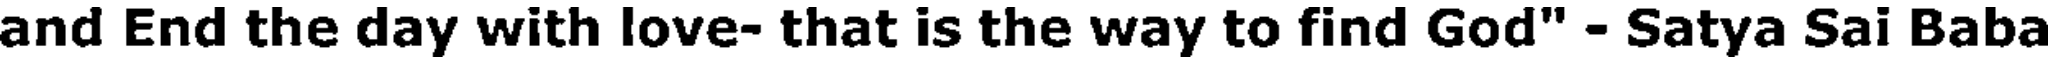
and End the day with love- that is the way to find God" - Satya Sai Baba